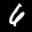
Label: 6